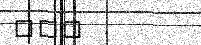
١٦٨